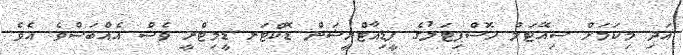
އަދި މިކަމަށް ސިއޭޓަލް ހޮސްޕިޓަލުގެ ޕީޑިއާޓްރީޝަން ޑޮކްޓަރ ޑީމިޓްރީ ވެސް އެއްބަސްވެ އެވެ.